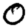
Digit: 0